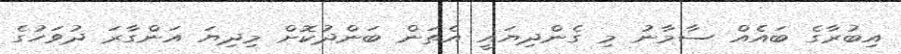
އިބުރާގެ ބައެއް ސާމާނު މި ގެންދިޔައީ އެތަން ބަންދުކޮށް މިދިޔަ އަންގާރަ ދުވަހުގެ